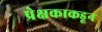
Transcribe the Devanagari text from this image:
प्रेक्षकाकडून